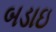
બડાઇ